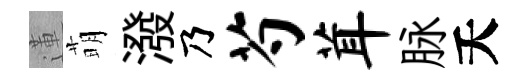
蓮萌潑乃芍茸脉夭